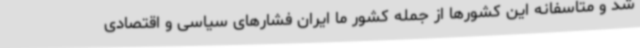
شد و متاسفانه این کشورها از جمله کشور ما ایران فشارهای سیاسی و اقتصادی